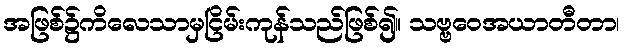
အဖြစ်၌ကိလေသာမှငြိမ်းကုန်သည်ဖြစ်၍။ သဗ္ဗဝေအယာတီတာ၊